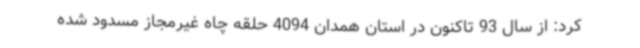
کرد: از سال 93 تاکنون در استان همدان 4094 حلقه چاه غیرمجاز مسدود شده